Annual report of the Punjab Veterinary College and of the Civil Veterinary Department, Punjab - 1894-1908
Year: 1894
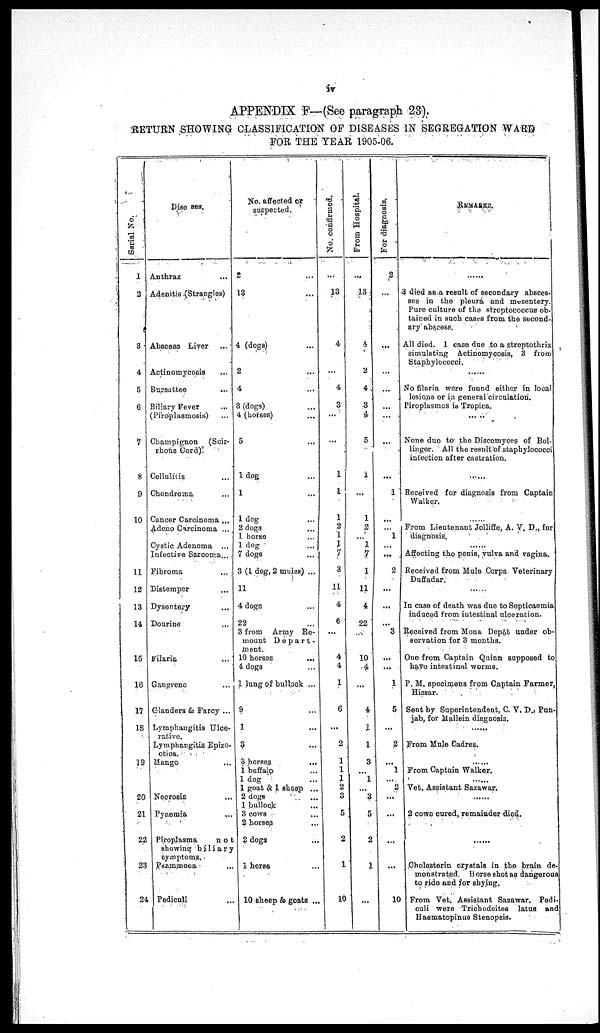
iv
APPENDIX F—(See paragraph 23).
RETURN SHOWING CLASSIFICATION OF DISEASES IN SEGREGATION WARD
FOR THE YEAR 1905-06.
Serial No.
1
2
3
4
5
6
7
8
9
10
11
12
13
14
15
16
17
18
19
20
21
22
23
24
Diso Bes.
Anthrax ...
Adenitis (Strangles)
Abacess Liver
...
Actinomycosis ...
Bursuttes ...
Biliary Fever ...
(Piroplismosis) ...
Champignon (Scir-
rhous Cord):
Cellulitis ...
Chondroma ...
Cancer Carcinoma ...
Adcno Carcinoma ...
Cystic Adenoma ...
Infective Sarcoma ...
Fibroma
...
Distemper ...
Dysentery ...
Dourine ...
Filaria ...
Gangrene
...
Glanders & Farcy ...
Lymphaagitis Ulce.
rative.
Lymphangitis Epizo-
otica.
Mange ...
Ncerosic ...
Pyaemia ...
Piroplasma
not
showing biliary
symptoms.
Pasmmoua ...
Pediculi ...
No. affected or
suspected.
2 ...
13 ...
1 (dogs) ...
2 ...
4
3 (dogs) ...
4 (horses) ...
5 ...
1 dog
1
1 dog ...
2 dogs ...
1 horse ...
1 dog ...
7 dogs ...
3 (1 dog, 2 muies) ...
11
4 doge ...
22
3 from Army Re-
mount Depart.
ment.
10 horses
4 dogs...
1 lung of bullook ...
9 ...
1 ...
3 ...
6 horses
...
1 buffalg ...
1 dog ...
1 goat & 1 sheep ...
2 dogs ...
1 bullock ...
3 cows ...
2 horses ...
2 dogs ...
1 horse ...
10 sheep & goats ...
No. confirmed.
...
13
4
...
4
3
...
...
...
1
1
1
2
...
...
...
3
11
4
6
...
4
4
1
6
...
2
1
1
1
2
3
5
2
1
10
From Hospital.
...
13
4
2
4
3
4
5
1
...
1
2
... l
7
1
11
4
22
...
10
4
...
4
1
1
3
1
3
5
2
1
...
For diagnosis,
2
...
...
...
...
...
...
...
1
...
...
1
...
...
2
...
...
...
3
...
...
1
5
...
2
...
1
...
2
...
...
...
...
10
REMARKS.
......
3 died as a result of secondary absces.
ses in the pleura and mesentery.
Pure culture of the streptococcue ob.
tained in such cases from the second.
ary abscess.
All died. 1 case due to a streptothrix
simulating Actinomycosis, 3 from
Staphylococci.
......
No filnria were found either in local
lesions or in general circulation.
Piroplasmos is Tropica.
None duo to the Discomyces of Bol.
linger. All the result of staphylococci
infection after castration.
......
Received for diagnosis from Captain
Walker.
......
From Lientenant Jolliffe, A. V. D., for
diagnosis.
......
Affecting the penis, vulva and vagina.
Received from Mule Corps Veterinary
Duffadar.
....
In case of death was due to Septicaemia
induced from intestinal ulceration.
Received from Mona Depôt under ob-
servation for 3 months.
One from Captain Quinn supposed to
have intestinal worms.
P. M. specimens from Captain Farmer,
Hiesar.
Sent by Superintendent, C. V. D., Pun-
jab, for Mallein diagaosis.
......
From Mule Cadres.
......
From Captain Walker.
......
Vet. Assistant Sazawar.
......
2 cowe cured, remainder died.
......
Cholestorin crystals in the brain de-
monstrated. Horse shot as dangerous
to ride and for shying.
From Vet. Assistant Sazawar. Pedi-
culi were Trichodeitos latus and
Haematopinus Stenopsis.